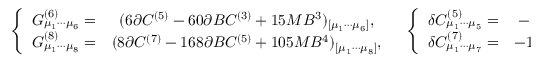
\left. \begin{array} { c c } { { \left\{ \begin{array} { c c } { { G _ { \mu _ { 1 } \cdots \mu _ { 6 } } ^ { ( 6 ) } = } } & { { ( 6 \partial C ^ { ( 5 ) } - 6 0 \partial B C ^ { ( 3 ) } + 1 5 M B ^ { 3 } ) _ { [ \mu _ { 1 } \cdots \mu _ { 6 } ] } , } } \\ { { G _ { \mu _ { 1 } \cdots \mu _ { 8 } } ^ { ( 8 ) } = } } & { { ( 8 \partial C ^ { ( 7 ) } - 1 6 8 \partial B C ^ { ( 5 ) } + 1 0 5 M B ^ { 4 } ) _ { [ \mu _ { 1 } \cdots \mu _ { 8 } ] } , } } \end{array} \right. } } & { { \left\{ \begin{array} { c c } { { \delta C _ { \mu _ { 1 } \cdots \mu _ { 5 } } ^ { ( 5 ) } = } } & { { - 1 5 ( B ^ { 2 } \lambda ) _ { [ \mu _ { 1 } \cdots \mu _ { 5 } ] } , } } \\ { { \delta C _ { \mu _ { 1 } \cdots \mu _ { 7 } } ^ { ( 7 ) } = } } & { { - 1 0 5 ( B ^ { 3 } \lambda ) _ { [ \mu _ { 1 } \cdots \mu _ { 7 } ] } . } } \end{array} \right. } } \end{array} \right.